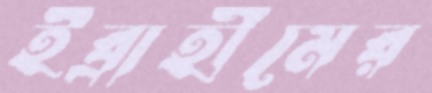
ইব্রাহীমের